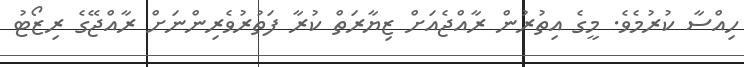
ހިއްސާ ކުރުމެވެ. މީގެ އިތުރުން ރާއްޖެއަށް ޒިޔާރަތް ކުރާ ފަތުރުވެރިންނަށް ރާއްޖޭގެ ރިޒޯޓު